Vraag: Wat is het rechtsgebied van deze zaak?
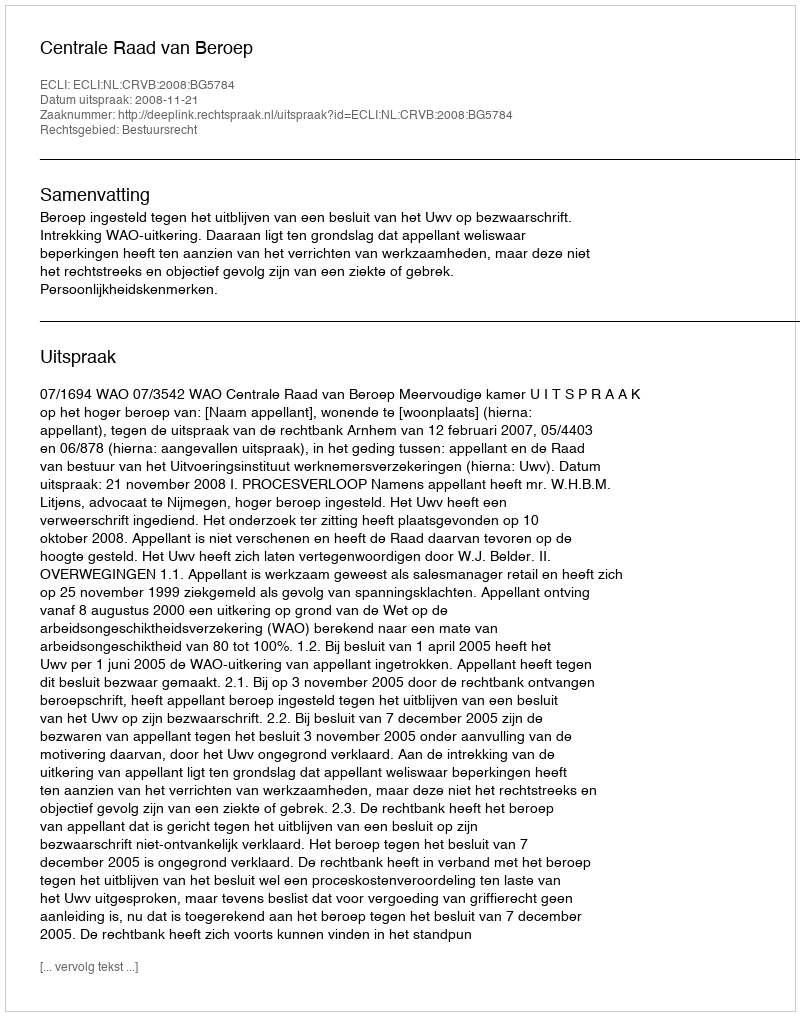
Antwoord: Bestuursrecht